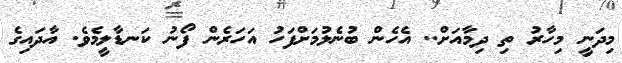
މިދަނީ މިހާރު ތި ދިމާއަށް.. އެހެން ބުނެލުމަށްފަހު އަހަރެން ފޯނު ކަނޑާލީމެވެ. އާދައިގެ